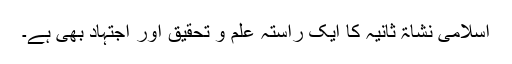
اسلامی نشاۃ ثانیہ کا ایک راستہ علم و تحقیق اور اجتہاد بھی ہے۔